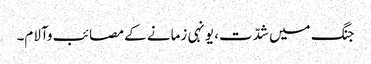
جنگ میں شدّت، یونہی زمانے کے مصائب وآلام۔